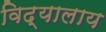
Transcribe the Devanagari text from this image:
विद्यालाय